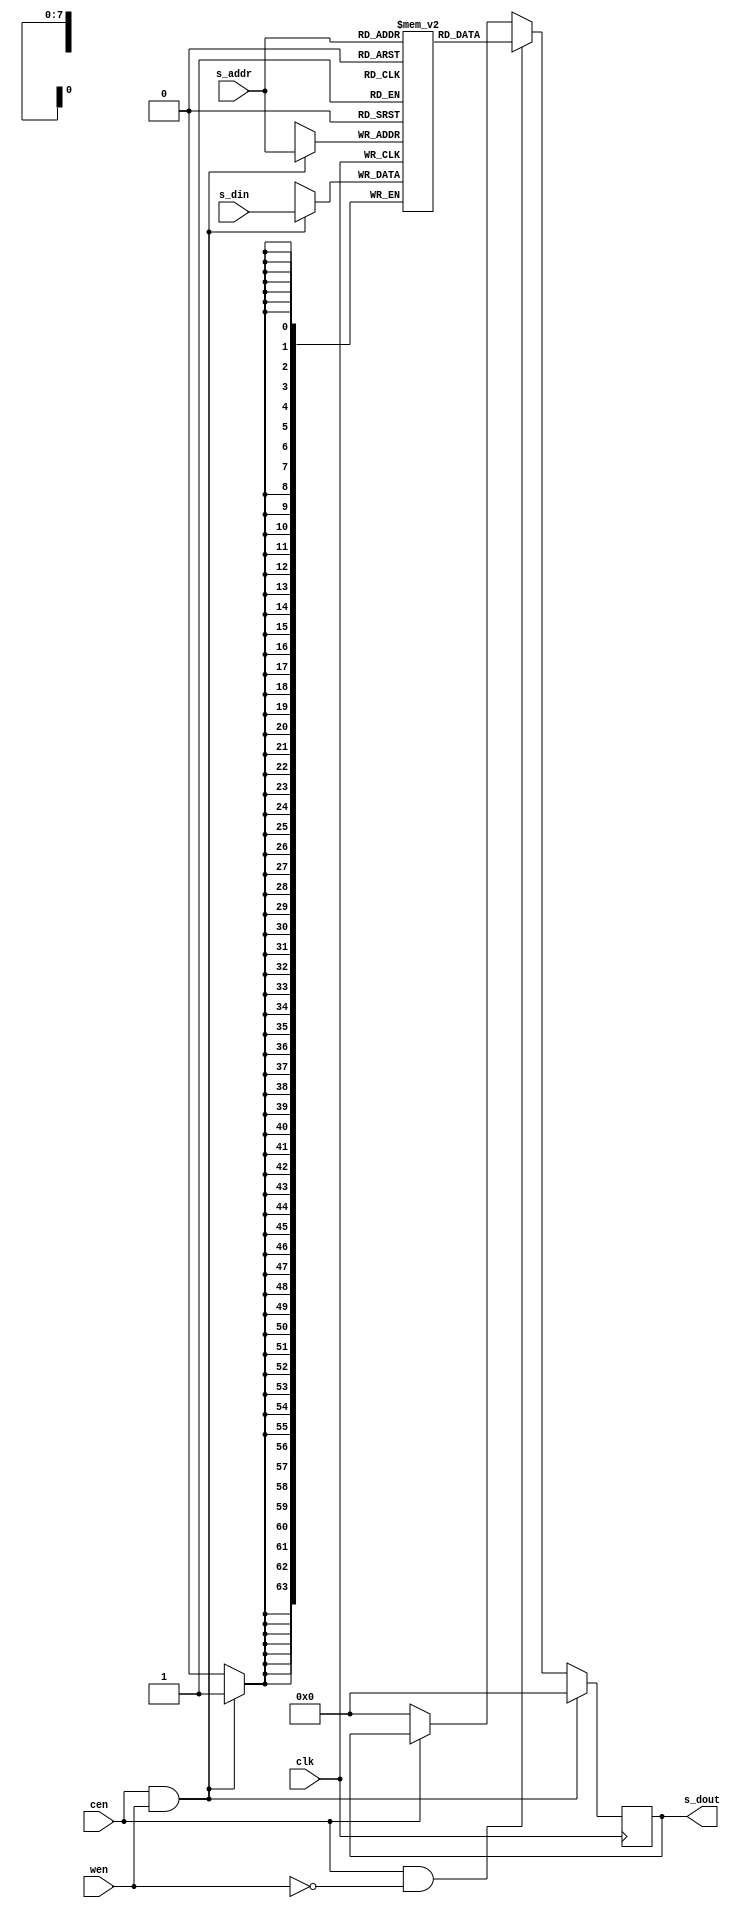
module ram(clk,cen,wen,s_addr,s_din,s_dout);
  input clk;
  input cen,wen;
  input [7:0] s_addr;
  input [63:0] s_din;
  output reg [63:0] s_dout;
  
  reg [63:0] mem [0:255];
  integer i;
  
  
  //memory initialization
  initial begin
    for(i=0; i<256; i=i+1) begin
      mem[i]<=64'h0;
    end
  end
  
  
  //read/write performance
  always@(posedge clk) begin //write
    if(cen & wen) begin
	   mem[s_addr] <= s_din;
		s_dout <= 64'h0;
	 end
	 else if(cen & !wen) begin
	   s_dout <= mem[s_addr];
	 end
	 else if(!cen) begin
	   s_dout <= 64'h0;
	 end
  end
  
  
endmodule